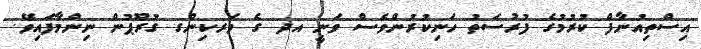
އިސްތިއުނާފް ކުރުމުގެ ފުރުސަތު ހަނިކުރުންވެސް ވަނީ އދ ގެ ވަރކިންގ ގުރޫޕުން ނިންމާފައިވޭ.